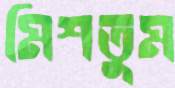
মিশতুম